Civil Veterinary Department Bihar & Orissa reports 1922-29 - 1922-1929
Year: 1922
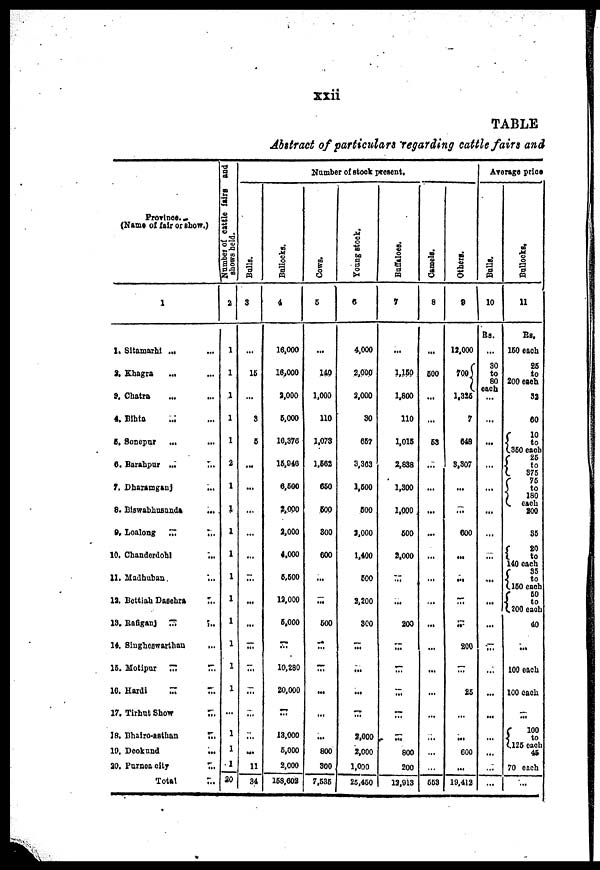
xxii
TABLE
Abstract of particulars regarding cattle fairs and
Province.
(Name of fair or show.)
1
1. Sitamarhi ...
8. Khagra
...
8. Chatra
4. Bihta
6, Sonepur
...
6. Barahpur ,.,
...
7. Dharamganj
8. Biswabhusand
...
9. Loalong
...
...
10. Chanderdohl
...
11. Madhuban.
...
12. Bettiah Dasehra
18. Bafiganj
...
14.
Siugheswarthan
...
15. Motipur
...
...
10. Hardi
17. Tirhut Show
18. Bhairo-asthan
...
19. Deokund
...
20. Furnea
city
...
Total
Number of cattle fairs and shows hel
2
1
1
1
1
1
2
1
1
1
1
1
1
1
1
1
1
...
1
1
20
Number of stock present.
Bulls.
3
...
16
3
5
...
...
...
...
...
...
...
...
...
...
34
Bol l
ocks .
4
16,000
16,000
3.000
5.000
16,376
15,946
6,600
3,000
2,000
4.000
6,600
12,000
5,000
...
10,280
20,000
...
13,000
6,000
2,000
158,602
Cows .
5
...
140
1,000
110
1.073
1,662
660
600
800
600
...
500
...
....
...
800
300
7,535
Young stock
0
4,000
2,000
2,000
30
667
3,363
1,600
500
3,000
1,400
600
2,200
300
...
...
...
2,000
2,000
1,000
25,460
Buffaloes.
7
...
1,150
1,800
110
1,015
2,838
1,300
1,000.
600
2,000
...
...
200
...
...
...
...
800
200
12,913
Camels.
8
...
600
...
53
...
:
...
...
...
...
...
...
...
...
553
Others.
9
12,000
700
1,326
7
648
3,307
...
600
...
...
...
200
...
25
...
600
...
19,412
Average price
Bulls.
10
Rs.
...
30
to
80
each
...
...
...
...
...
....
...
...
...
...
...
...
...
...
...
Bullocks,
11
Rs,
150 each
25
to
200 each
32
60
10
to
350 each
25
to
375
75
to
180
each
200
35
20
to
140 each
35
to
150 each
50
to
200 each
40
...
100 each
100 each
...
100
to
125 each
45
70 each
...